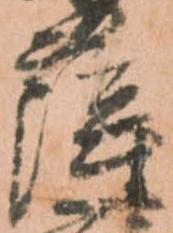
薩